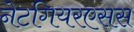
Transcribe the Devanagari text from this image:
नेटगियरएसस